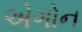
એગોન